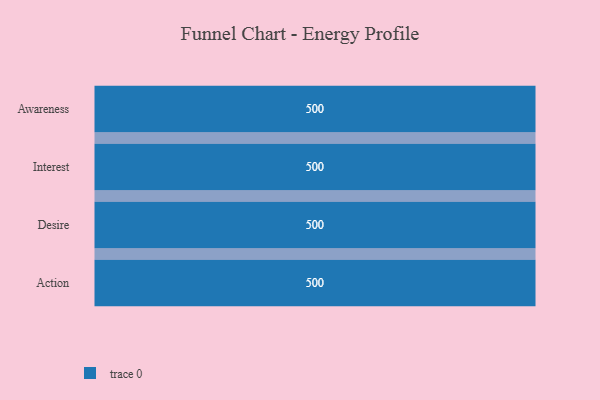
{"axis": {"x": "Stage", "y": "Value"}, "legend": [""], "data": [{"x": "Awareness", "y": 500, "type": ""}, {"x": "Interest", "y": 500, "type": ""}, {"x": "Desire", "y": 500, "type": ""}, {"x": "Action", "y": 500, "type": ""}]}